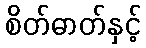
စိတ်ဓာတ်နှင့်